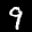
Label: 9